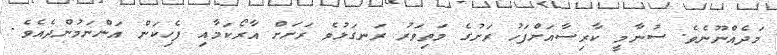
މަދެއްނޫނެވެ. ސުނާމީ ކާރިސާއަށްފަހު ރަށުގެ މަތިވަރު ރަނގަޅުވެ ރަށަށް އާރޯކަމާއި ފެހިކަން އަންނަމުންދެއެވެ.